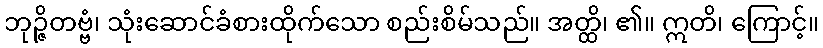
ဘုဉ္ဇိတဗ္ဗံ၊ သုံးဆောင်ခံစားထိုက်သော စည်းစိမ်သည်။ အတ္ထိ၊ ၏။ ဣတိ၊ ကြောင့်။